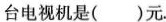
台电视机是()元。